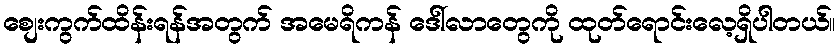
စျေးကွက်ထိန်းရန်အတွက် အမေရိကန် ဒေါ်လာတွေကို ထုတ်ရောင်းလေ့ရှိပါတယ်။